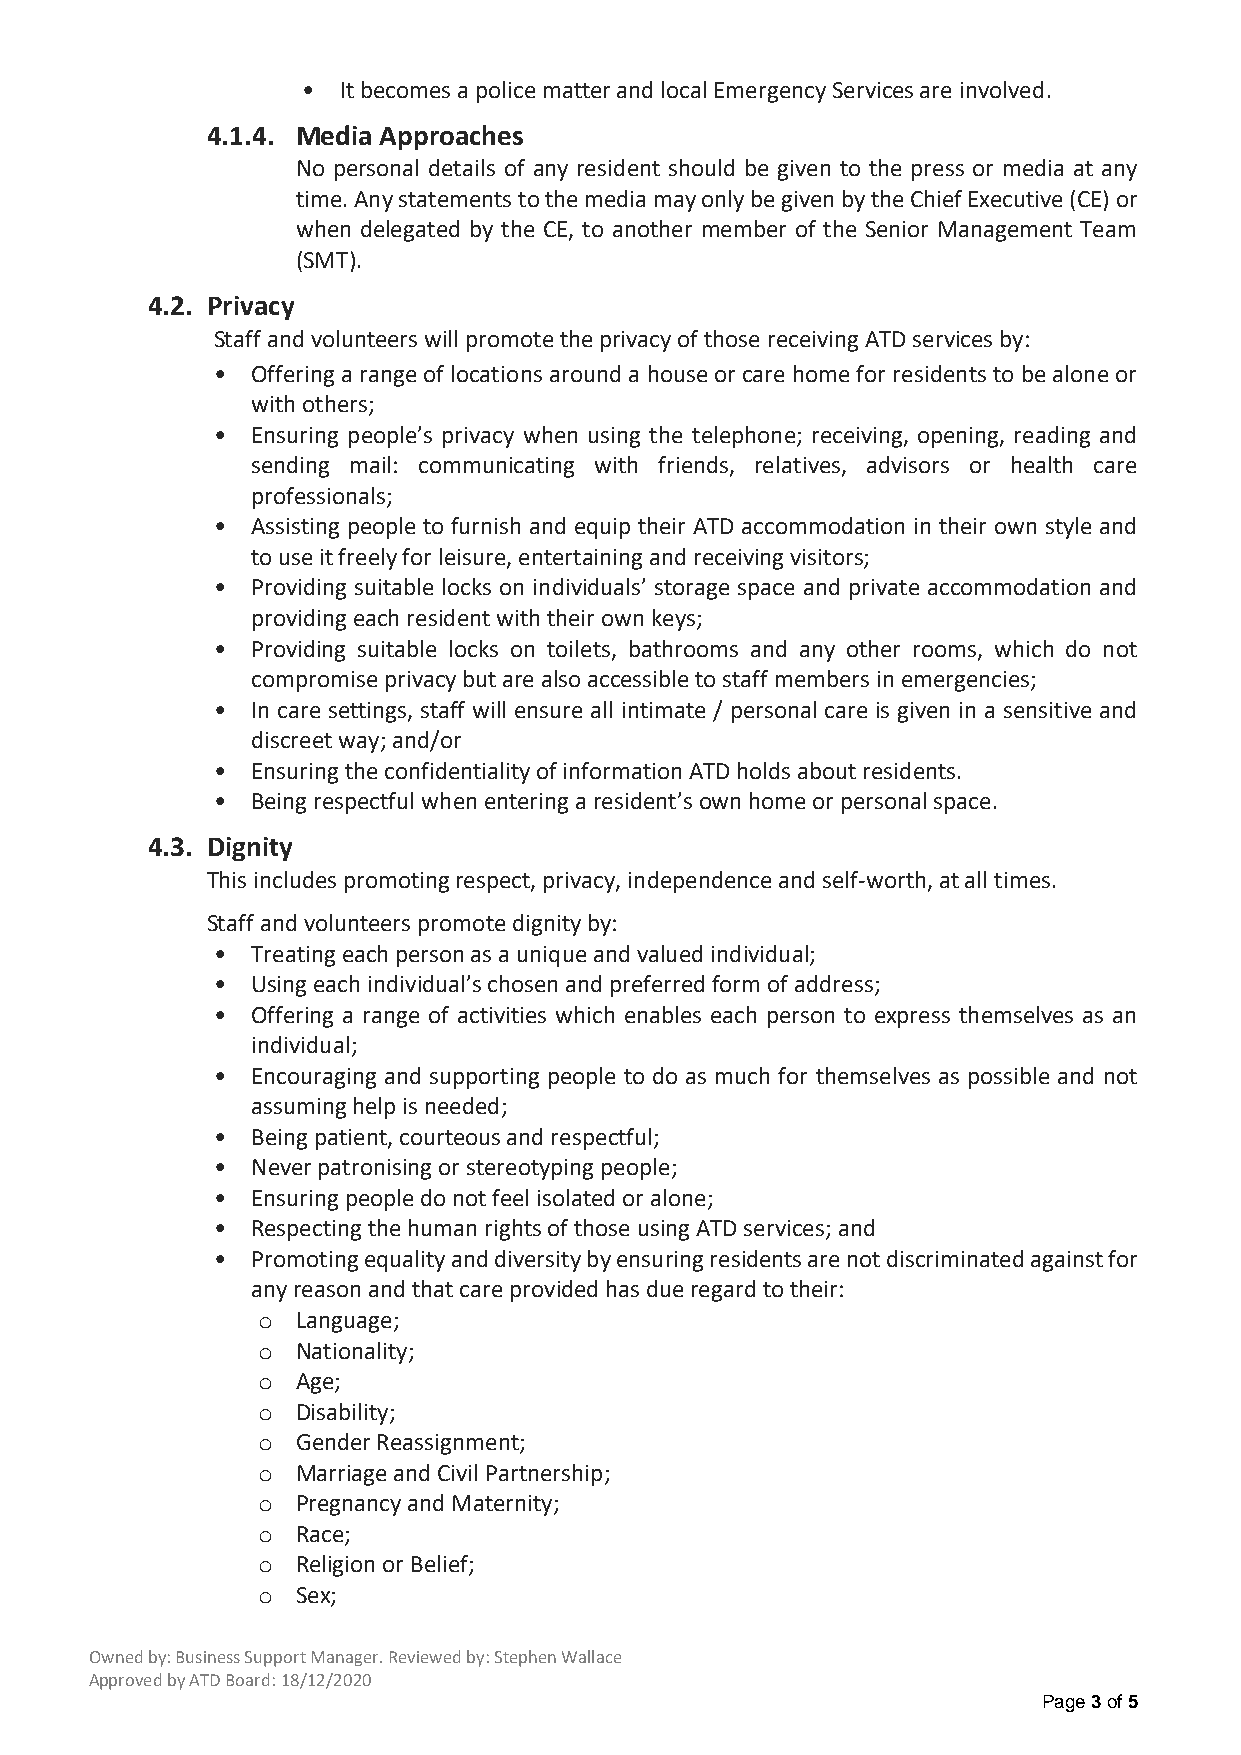
• It becomes a police matter and local Emergency Services are involved.
 4.1.4. Media Approaches
 No personal details of any resident should be given to the press or media at any
 time. Any statements to the media may only be given by the Chief Executive (CE) or
 when delegated by the CE, to another member of the Senior Management Team
 (SMT).
 4.2. Privacy
 Staff and volunteers will promote the privacy of those receiving ATD services by:
 •  Offering a range of locations around a house or care home for residents to be alone or
 with others;
 •  Ensuring people’s privacy when using the telephone; receiving, opening, reading and
 sending mail: communicating with friends, relatives, advisors or health care
 professionals;
 •  Assisting people to furnish and equip their ATD accommodation in their own style and
 to use it freely for leisure, entertaining and receiving visitors;
 •  Providing suitable locks on individuals’ storage space and private accommodation and
 providing each resident with their own keys;
 •  Providing suitable locks on toilets, bathrooms and any other rooms, which do not
 compromise privacy but are also accessible to staff members in emergencies;
 •  In care settings, staff will ensure all intimate / personal care is given in a sensitive and
 discreet way; and/or
 •  Ensuring the confidentiality of information ATD holds about residents.
 •  Being respectful when entering a resident’s own home or personal space.
 4.3. Dignity
 This includes promoting respect, privacy, independence and self-worth, at all times.
 Staff and volunteers promote dignity by:
 •  Treating each person as a unique and valued individual;
 •  Using each individual’s chosen and preferred form of address;
 •  Offering a range of activities which enables each person to express themselves as an
 individual;
 •  Encouraging and supporting people to do as much for themselves as possible and not
 assuming help is needed;
 •  Being patient, courteous and respectful;
 •  Never patronising or stereotyping people;
 •  Ensuring people do not feel isolated or alone;
 •  Respecting the human rights of those using ATD services; and
 •  Promoting equality and diversity by ensuring residents are not discriminated against for
 any reason and that care provided has due regard to their:
 o  Language;
 o  Nationality;
 o  Age;
 o  Disability;
 o  Gender Reassignment;
 o  Marriage and Civil Partnership;
 o  Pregnancy and Maternity;
 o  Race;
 o  Religion or Belief;
 o  Sex;
 Owned by: Business Support Manager. Reviewed by: Stephen Wallace
 Approved by ATD Board: 18/12/2020
 Page 3 of 5